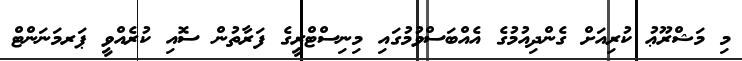
މި މަޝްރޫޢު ކުރިއަށް ގެންދިއުމުގެ އެއްބަސްވުމުގައި މިނިސްޓްރީގެ ފަރާތުން ސޮއި ކުރެއްވީ ޕަރމަނަންޓް